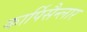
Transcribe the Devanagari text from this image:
कार्पिसैन्लार